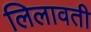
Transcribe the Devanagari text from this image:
लिलावती